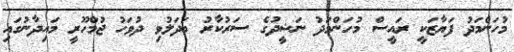
މުހަންމަދު ފަޔާޒަކީ ރައީސް މުހަންމަދު ނަޝީދުގެ ސަރުކާރު ބަދަލުވި ދުވަހު ޖުމްހޫރީ މައިދާނުގައި